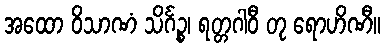
အထော ဝိသာဏံ သိင်္ဂဉ္စ၊ ရတ္တဂါဝီ တု ရောဟိဏီ။